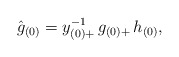
\begin{align*}\hat {g}_{(0)}=y_{(0)+}^{-1}\, g_{(0)+}\, h_{(0)},\end{align*}